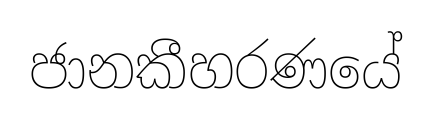
ජානකීහරණයේ